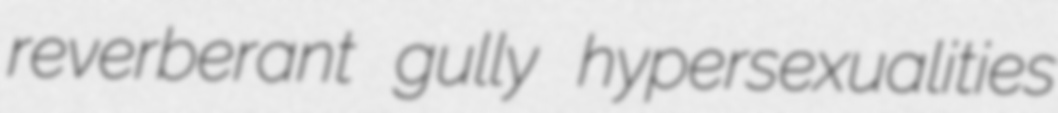
reverberant gully hypersexualities